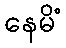
နေမိံ